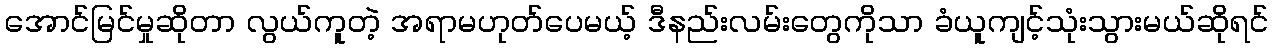
အောင်မြင်မှုဆိုတာ လွယ်ကူတဲ့ အရာမဟုတ်ပေမယ့် ဒီနည်းလမ်းတွေကိုသာ ခံယူကျင့်သုံးသွားမယ်ဆိုရင်